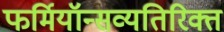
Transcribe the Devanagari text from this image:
फर्मियॉन्सव्यतिरिक्त